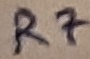
Text: R7